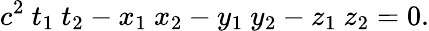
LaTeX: c^{2}\ t_{1}\ t_{2}-x_{1}\ x_{2}-y_{1}\ y_{2}-z_{1}\ z_{2}=0.